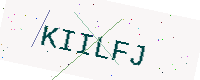
Text: KIILFJ